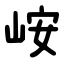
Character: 峖